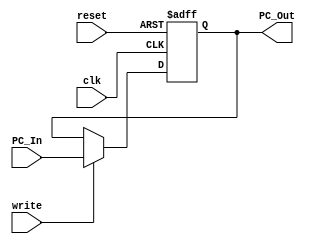
`timescale 1ns / 1ps
//////////////////////////////////////////////////////////////////////////////////
// Company: 
// Engineer: 
// 
// Design Name: 
// Module Name: Program_Counter
// Project Name: 
// Target Devices: 
// Tool Versions: 
// Description: 
// 
// Dependencies: 
// 
// Revision:
// Revision 0.01 - File Created
// Additional Comments:
// 
//////////////////////////////////////////////////////////////////////////////////
module Program_Counter(
    input clk, reset, write,
    input [63:0] PC_In, // input port to get new program counter value
    output reg [63:0] PC_Out // output port for current program counter value
);
  // Initialize program counter output
  initial PC_Out = 0;
  always @(posedge clk or posedge reset) begin
    if (reset) // reset program counter
      PC_Out = 0;
    else if (write) // write new program counter value to output
      PC_Out <= PC_In;
  end
endmodule